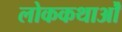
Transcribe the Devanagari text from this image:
लोककथाओँ